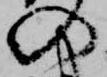
の